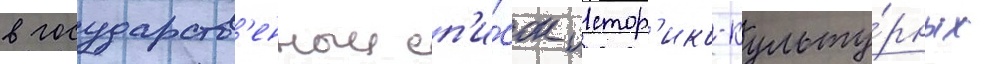
в государств'енныи сп'и́сок истор'ико-культу́рных